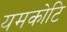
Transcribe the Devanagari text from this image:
यमकोटि